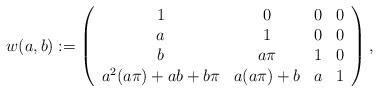
LaTeX: \begin{align*} w(a,b):=\left( \begin{array}{cccc} 1 & 0 & 0 & 0 \\ a & 1 & 0 & 0 \\ b & a\pi & 1 & 0 \\ a^{2}(a\pi)+ab+b\pi & a(a\pi)+b & a & 1 \\ \end{array} \right), \end{align*}